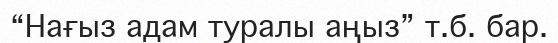
“Нағыз адам туралы аңыз” т.б. бар.